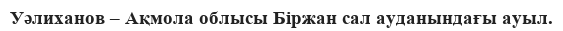
Уәлиханов – Ақмола облысы Біржан сал ауданындағы ауыл.